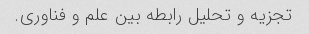
تجزیه و تحلیل رابطه بین علم و فناوری.